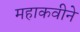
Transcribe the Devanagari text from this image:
महाकवीने